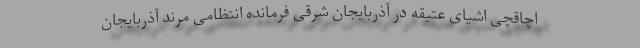
اچاقچی اشیای عتیقه در آذربایجان شرقی فرمانده انتظامی مرند آذربایجان